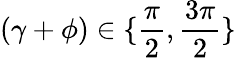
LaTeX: (\gamma+\phi)\in\{ \frac{\pi}{2},\frac{3\pi}{2}\}